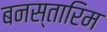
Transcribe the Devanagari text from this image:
बनस्तारिम